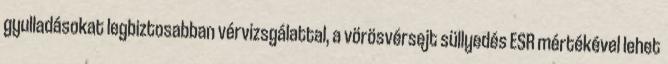
gyulladásokat legbiztosabban vérvizsgálattal, a vörösvérsejt süllyedés ESR mértékével lehet